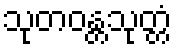
သုတဝန္တသုတ္တံ